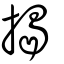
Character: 揭